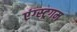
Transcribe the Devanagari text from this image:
एंग्स्ट्रगम